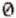
0